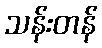
သန်းတန်